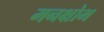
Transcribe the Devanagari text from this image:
मनक्षोभ